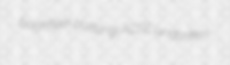
backfiller bultong ACSE undarken